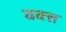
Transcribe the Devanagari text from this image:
वक्त्त